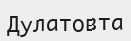
Дулатовта